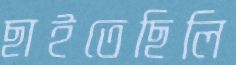
ছাইতেছিলি